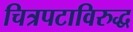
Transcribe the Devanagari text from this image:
चित्रपटाविरुद्ध